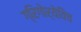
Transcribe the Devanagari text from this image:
ग्रिगोर्येविच